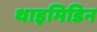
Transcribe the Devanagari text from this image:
थाइमिडिन